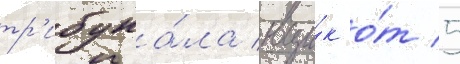
тр'ибуна́ла вци́к о́т 5